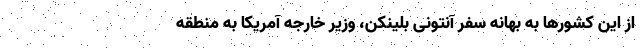
از این کشورها به بهانه سفر آنتونی بلینکن، وزیر خارجه آمریکا به منطقه